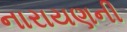
નારાયણની